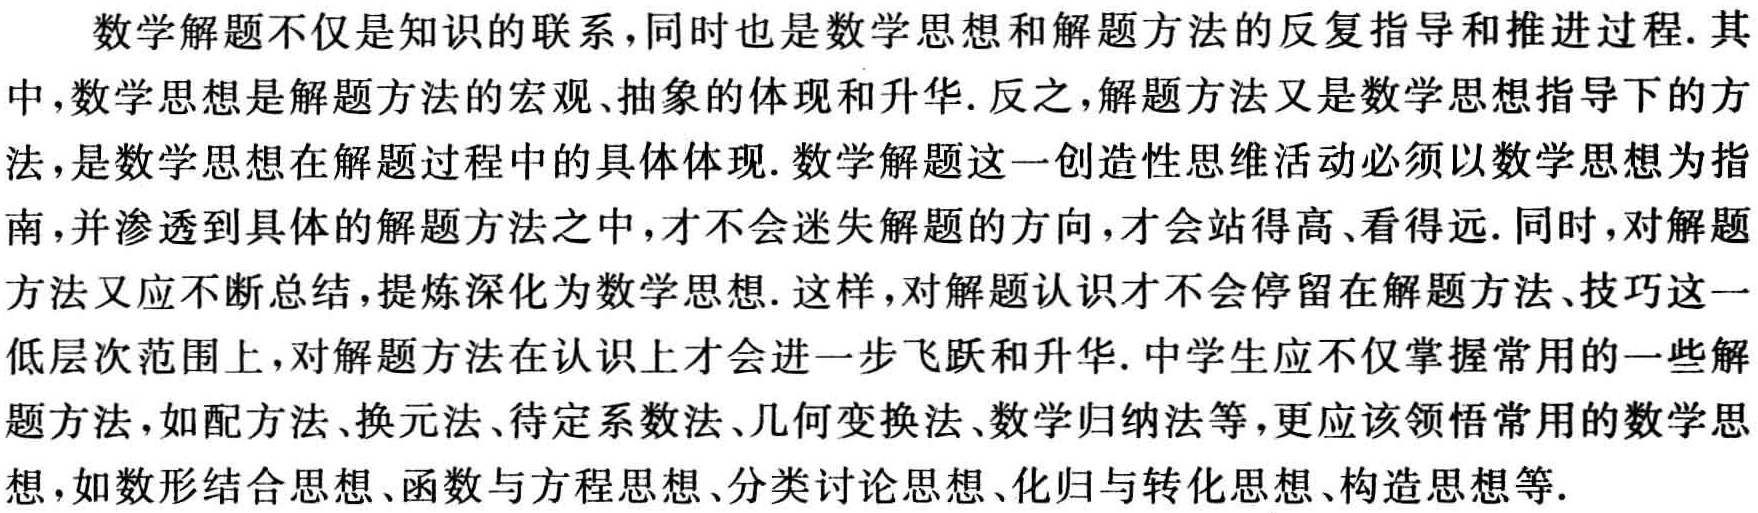
数学解题不仅是知识的联系，同时也是数学思想和解题方法的反复指导和推进过程. 其中，数学思想是解题方法的宏观、抽象的体现和升华. 反之，解题方法又是数学思想指导下的方法，是数学思想在解题过程中的具体体现. 数学解题这一创造性思维活动必须以数学思想为指南，并渗透到具体的解题方法之中，才不会迷失解题的方向，才会站得高、看得远. 同时，对解题方法又应不断总结，提炼深化为数学思想. 这样，对解题认识才不会停留在解题方法、技巧这一低层次范围上，对解题方法在认识上才会进一步飞跃和升华. 中学生应不仅掌握常用的一些解题方法，如配方法、换元法、待定系数法、几何变换法、数学归纳法等，更应该领悟常用的数学思想，如数形结合思想、函数与方程思想、分类讨论思想、化归与转化思想、构造思想等.